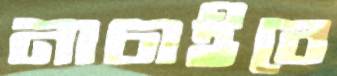
নাচাইবে